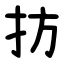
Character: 㧍